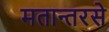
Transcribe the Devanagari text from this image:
मतान्तरसे